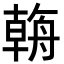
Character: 𦩻